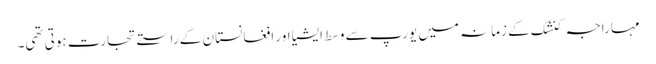
مہاراجہ کنشک کے زمانہ میں یورپ سے وسط ایشیا اور افغانستان کے راستے تجارت ہوتی تھی۔